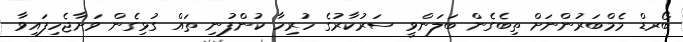
ބޯރޑް މެމްބަރުންނަށް ތިބެގެން ބަލަންވީ ސަރުކާރުގެ ހުރިހާ ކުންފުނި ތައް ގުޅިގެން ވަށާޖެހިފައިވާ